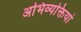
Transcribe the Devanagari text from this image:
अभिव्‍यक्तियां